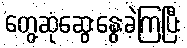
တွေ့ဆုံဆွေးနွေးခဲ့ကြပြီး